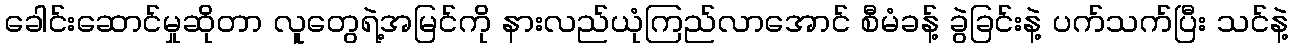
ခေါင်းဆောင်မှုဆိုတာ လူတွေရဲ့အမြင်ကို နားလည်ယုံကြည်လာအောင် စီမံခန့် ခွဲခြင်းနဲ့ ပက်သက်ပြီး သင်နဲ့